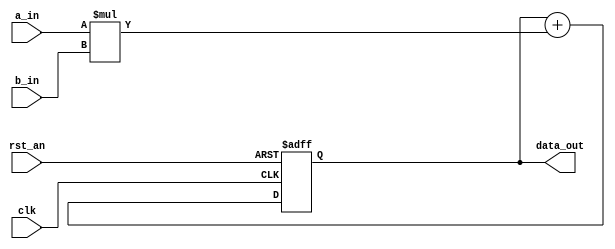
module mac32
(
    input  clk,
    input  rst_an,
    input  signed [31:0] a_in,
    input  signed [31:0] b_in,
    output signed [63:0] data_out
);

    wire signed [63:0] multresult;
    reg  signed [63:0] accu;

    assign multresult = a_in * b_in;

    always @(posedge clk or negedge rst_an)
    begin
        if (rst_an == 0)
        begin
            accu <= 0;
        end
        else
        begin
            accu <= accu + multresult;
        end
    end

    assign data_out = accu;

endmodule